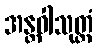
အန္တဝါသုတ္တံ